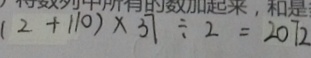
( 2 + 1 1 0 ) \times 3 7 \div 2 = 2 0 1 2